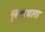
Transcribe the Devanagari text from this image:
चित्तधारा